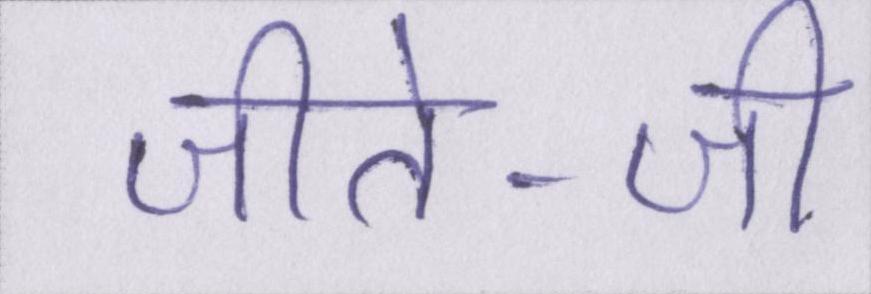
जीते-जी